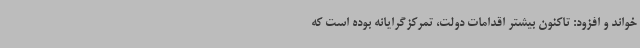
خواند و افزود: تاکنون بیشتر اقدامات دولت، تمرکزگرایانه بوده است که